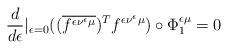
LaTeX: \begin{align*} \frac{d}{d\epsilon}\vert_{\epsilon=0} ((\overline{f^{\epsilon\nu^\epsilon\mu}})^Tf^{\epsilon\nu^\epsilon\mu})\circ\Phi_1^{\epsilon\mu}=0\end{align*}